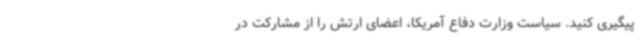
پیگیری کنید. سیاست وزارت دفاع آمریکا، اعضای ارتش را از مشارکت در